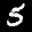
Label: 5